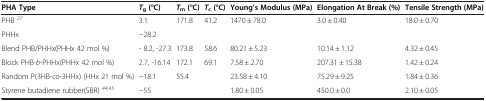
<table><thead><tr><td><b>PHA Type</b></td><td><b> <i>T</i> <sub>g</sub> (°C)</b></td><td><b> <i>T</i> <sub>m</sub> (°C)</b></td><td><b> <i>T</i> <sub>c</sub> (°C)</b></td><td><b>Young’sModulus(MPa)</b></td><td><b>ElongationAt Break(%)</b></td><td><b>Tensile Strength(MPa)</b></td></tr></thead><tbody><tr><td>PHB <sup><i>27</i></sup></td><td>3.1</td><td>171.8</td><td>41.2</td><td>1470 ± 78.0</td><td>3.0 ± 0.40</td><td>18.0 ± 0.70</td></tr><tr><td>PHHx</td><td>−28.2</td><td> </td><td> </td><td> </td><td> </td><td> </td></tr><tr><td>Blend PHB/PHHx(PHHx 42 mol %)</td><td>- 8.2, -27.3</td><td>173.8</td><td>58.6</td><td>80.21 ± 5.23</td><td>10.14 ± 1.12</td><td>4.32 ± 0.45</td></tr><tr><td>Block PHB-<i>b</i>-PHHx(PHHx 42 mol %)</td><td>2.7, -16.14</td><td>172.1</td><td>69.1</td><td>7.58 ± 2.70</td><td>207.31 ± 15.38</td><td>1.42 ± 0.24</td></tr><tr><td>Random P(3HB-<i>co</i>-3HHx) (HHx 21 mol %)</td><td>−18.1</td><td>55.4</td><td> </td><td>23.58 ± 4.10</td><td>75.29 ± 9.25</td><td>1.84 ± 0.36</td></tr><tr><td>Styrene butadiene rubber(SBR) <sup><i>44,45</i></sup></td><td>−55</td><td> </td><td> </td><td>1.80 ± 0.05</td><td>450.0 ± 0.0</td><td>2.10 ± 0.05</td></tr></tbody></table>